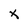
Character: X